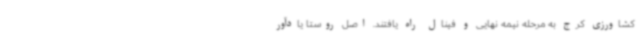
کشاورزی کرج به مرحله نیمه نهایی و فینال راه یافتند. اصل روستا یادآور